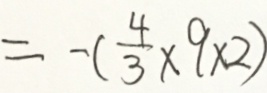
= - ( \frac { 4 } { 3 } \times 9 \times 2 )